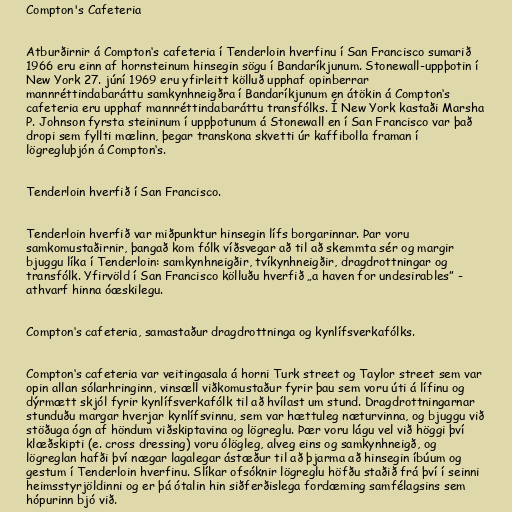
Compton's Cafeteria

Atburðirnir á Compton‘s cafeteria í Tenderloin hverfinu í San Francisco sumarið
1966 eru einn af hornsteinum hinsegin sögu í Bandaríkjunum. Stonewall-uppþotin í
New York 27. júní 1969 eru yfirleitt kölluð upphaf opinberrar
mannréttindabaráttu samkynhneigðra í Bandaríkjunum en átökin á Compton‘s
cafeteria eru upphaf mannréttindabaráttu transfólks. Í New York kastaði Marsha
P. Johnson fyrsta steininum í uppþotunum á Stonewall en í San Francisco var það
dropi sem fyllti mælinn, þegar transkona skvetti úr kaffibolla framan í
lögregluþjón á Compton‘s.

Tenderloin hverfið í San Francisco.

Tenderloin hverfið var miðpunktur hinsegin lífs borgarinnar. Þar voru
samkomustaðirnir, þangað kom fólk víðsvegar að til að skemmta sér og margir
bjuggu líka í Tenderloin: samkynhneigðir, tvíkynhneigðir, dragdrottningar og
transfólk. Yfirvöld í San Francisco kölluðu hverfið „a haven for undesirables” -
athvarf hinna óæskilegu.

Compton‘s cafeteria, samastaður dragdrottninga og kynlífsverkafólks.

Compton‘s cafeteria var veitingasala á horni Turk street og Taylor street sem var
opin allan sólarhringinn, vinsæll viðkomustaður fyrir þau sem voru úti á lífinu og
dýrmætt skjól fyrir kynlífsverkafólk til að hvílast um stund. Dragdrottningarnar
stunduðu margar hverjar kynlífsvinnu, sem var hættuleg næturvinna, og bjuggu við
stöðuga ógn af höndum viðskiptavina og lögreglu. Þær voru lágu vel við höggi því
klæðskipti (e. cross dressing) voru ólögleg, alveg eins og samkynhneigð, og
lögreglan hafði því nægar lagalegar ástæður til að þjarma að hinsegin íbúum og
gestum í Tenderloin hverfinu. Slíkar ofsóknir lögreglu höfðu staðið frá því í seinni
heimsstyrjöldinni og er þá ótalin hin siðferðislega fordæming samfélagsins sem
hópurinn bjó við.